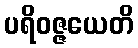
ပရိဝဇ္ဇယေတိ